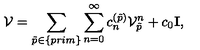
{ \cal V } = \sum _ { \tilde { p } \in \{ p r i m \} } \sum _ { n = 0 } ^ { \infty } c _ { n } ^ { ( \tilde { p } ) } { \cal V } _ { \tilde { p } } ^ { n } + c _ { 0 } { { \bf I } } ,